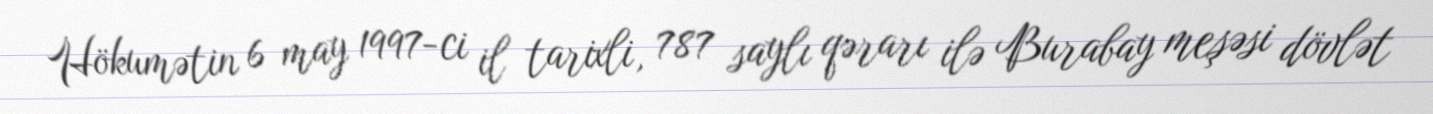
Hökumətin 6 may 1997-ci il tarixli, 787 saylı qərarı ilə Burabay meşəsi dövlət